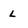
Character: L